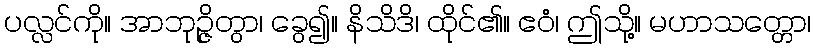
ပလ္လင်ကို။ အာဘုဉ္ဇိတွာ၊ ခွေ၍။ နိသိဒိ၊ ထိုင်၏။ ဧဝံ၊ ဤသို့။ မဟာသတ္တော၊